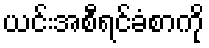
ယင်းအစီရင်ခံစာကို